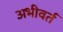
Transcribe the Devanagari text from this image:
अभीवर्त